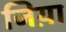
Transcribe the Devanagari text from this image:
जिय़ा